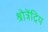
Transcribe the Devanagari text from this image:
श्रोत्रेंद्रिय